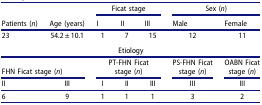
<table><thead><tr><td><b> </b></td><td><b> </b></td><td colspan="3"><b>Ficat stage</b></td><td colspan="2"><b>Sex (<i>n</i>)</b></td></tr><tr><td><b>Patients (<i>n</i>)</b></td><td><b>Age (years)</b></td><td><b>I</b></td><td><b>II</b></td><td><b>III</b></td><td><b>Male</b></td><td><b>Female</b></td></tr></thead><tbody><tr><td>23</td><td>54.2 ± 10.1</td><td>1</td><td>7</td><td>15</td><td>12</td><td>11</td></tr><tr><td colspan="7">Etiology</td></tr><tr><td colspan="2">FHN Ficat stage (<i>n</i>)</td><td colspan="3">PT-FHN Ficat stage (<i>n</i>)</td><td>PS-FHN Ficat stage (<i>n</i>)</td><td>OABN Ficat stage (<i>n</i>)</td></tr><tr><td>II</td><td>III</td><td>I</td><td>II</td><td>III</td><td>III</td><td>III</td></tr><tr><td>6</td><td>9</td><td>1</td><td>1</td><td>1</td><td>3</td><td>2</td></tr></tbody></table>